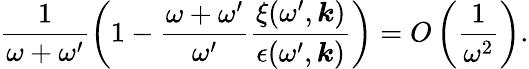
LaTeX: \frac{1}{\omega+\omega^{\prime}}\left(1-\frac{\omega+\omega^{\prime}}{\omega^{\prime}}\frac{\xi(\omega^{\prime},\boldsymbol{k})}{\epsilon(\omega^{\prime},\boldsymbol{k})}\right)=O\left(\frac{1}{\omega^{2}}\right).